Scottish Leaving Certificate Examination, 1955
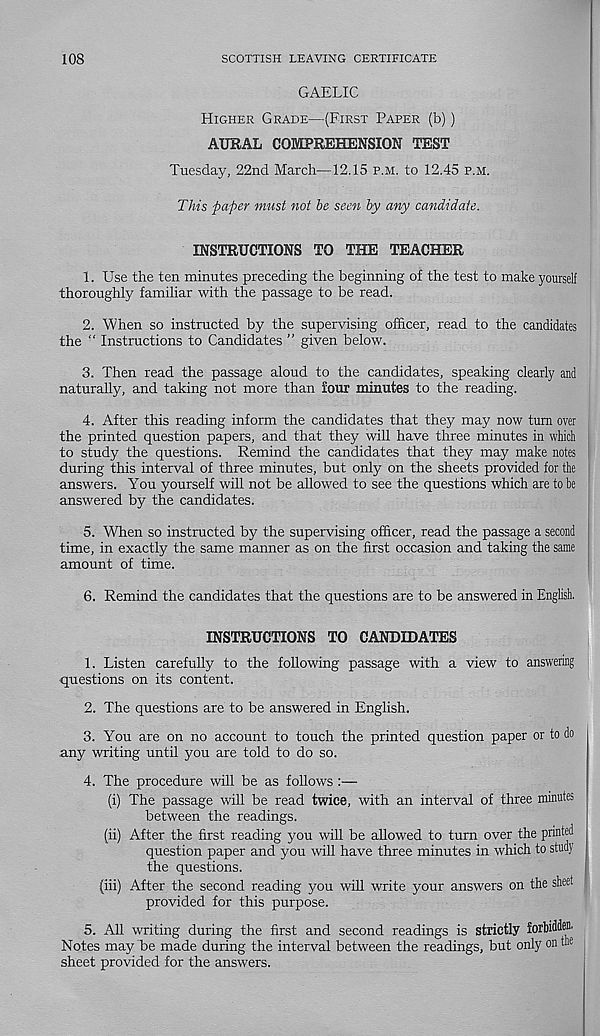
108
SCOTTISH LEAVING CERTIFICATE
GAELIC
Higher Grade—(First Paper (b))
AURAL COMPREHENSION TEST
Tuesday, 22nd March—12.15 p.m. to 12.45 p.m.
This paper must not be seen by any candidate.
INSTRUCTIONS TO THE TEACHER
1. Use the ten minutes preceding the beginning of the test to make yourself
thoroughly familiar with the passage to be read.
2. When so instructed by the supervising officer, read to the candidates
the " Instructions to Candidates ” given below.
3. Then read the passage aloud to the candidates, speaking dearly and
naturally, and taking not more than four minutes to the reading.
4. After this reading inform the candidates that they may now turn over
the printed question papers, and that they will have three minutes in which
to study the questions. Remind the candidates that they may make notes
during this interval of three minutes, but only on the sheets provided for the
answers. You yourself will not be allowed to see the questions which are to be
answered by the candidates.
5. When so instructed by the supervising officer, read the passage a second
time, in exactly the same manner as on the first occasion and taking the same
amount of time.
6. Remind the candidates that the questions are to be answered in English.
INSTRUCTIONS TO CANDIDATES
1. Listen carefully to the following passage with a view to answering
questions on its content.
2. The questions are to be answered in English.
3. You are on no account to touch the printed question paper or to do
any writing until you are told to do so.
4. The procedure will be as follows :—
(i) The passage will be read twice, with an interval of three minutes
between the readings.
(ii) After the first reading you will be allowed to turn over the printed
question paper and you will have three minutes in which to study
the questions.
(iii) After the second reading you will write your answers on the sheet
provided for this purpose.
5. All writing during the first and second readings is strictly forbidden.
Notes may be made during the interval between the readings, but only on the
sheet provided for the answers.